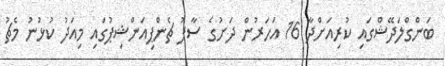
ބަންގްލަދޭޝްގައި ކުރިއަށްދާ 16 އަހަރުން ދަށުގެ ސާފު ޗެންޕިއަންޝިޕުގައި މިއަދު ކުޅުނު މެޗު